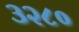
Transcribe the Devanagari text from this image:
३२८०